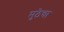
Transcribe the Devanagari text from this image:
मुठेचा